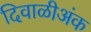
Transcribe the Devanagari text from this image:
दिवाळीअंक